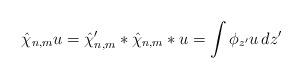
LaTeX: \begin{align*}\hat{\chi}_{n,m}u&= \hat\chi'_{n,m}* \hat\chi_{n,m}* u=\int \phi_{z'} u \,dz'\end{align*}